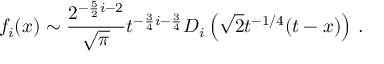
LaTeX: f _ { i } ( x ) \sim { \frac { 2 ^ { - { \frac { 5 } { 2 } } i - 2 } } { \sqrt \pi } } t ^ { - { \frac { 3 } { 4 } } i - { \frac { 3 } { 4 } } } D _ { i } \left( \sqrt { 2 } t ^ { - 1 / 4 } ( t - x ) \right) \, .